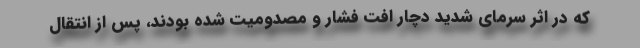
که در اثر سرمای شدید دچار افت فشار و مصدومیت شده بودند، پس از انتقال